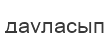
дауласып